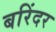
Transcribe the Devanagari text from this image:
बरिंदर